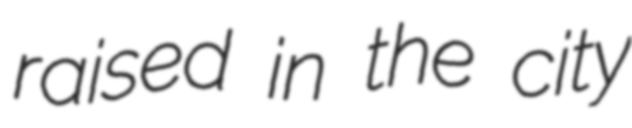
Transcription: raised in the city